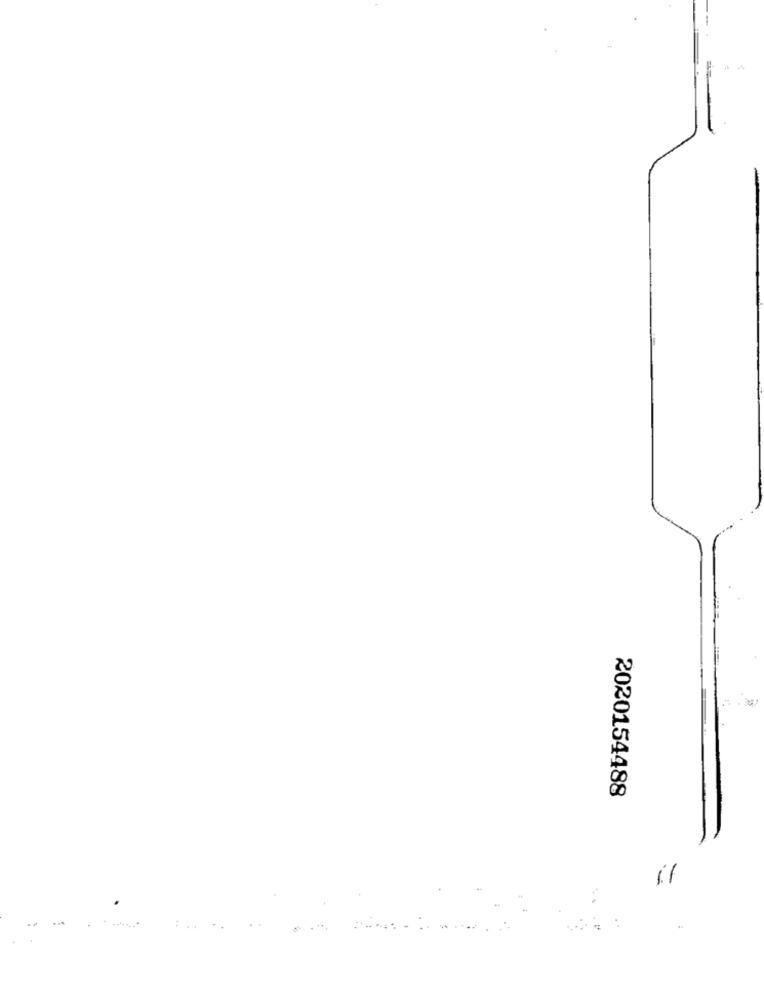
2020154488
11